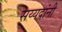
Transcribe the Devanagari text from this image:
सय्यदांनी